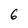
Character: 6